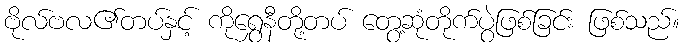
ဗိုလ်ဗလ၏တပ်နှင့် ကိုရွှေနီတို့တပ် တွေ့ဆုံတိုက်ပွဲဖြစ်ခြင်း ဖြစ်သည်။